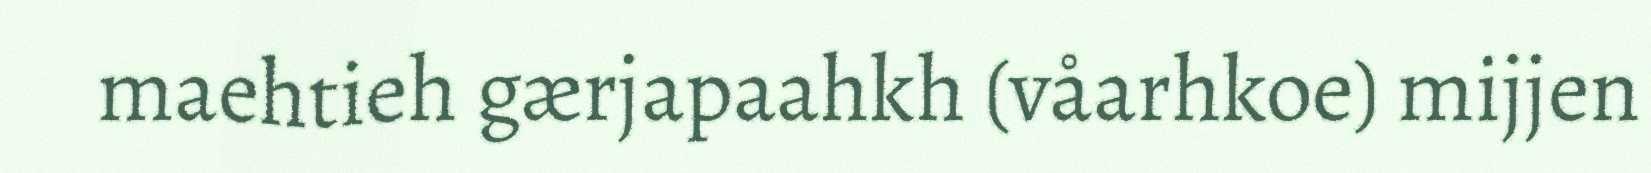
maehtieh gærjapaahkh (våarhkoe) mijjen